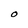
Character: O